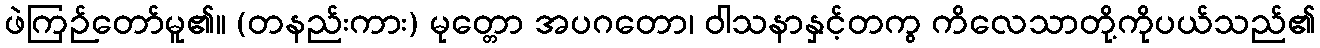
ဖဲကြဉ်တော်မူ၏။ (တနည်းကား) မုတ္တော အပဂတော၊ ဝါသနာနှင့်တကွ ကိလေသာတို့ကိုပယ်သည်၏